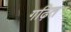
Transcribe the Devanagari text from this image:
गढ़ित